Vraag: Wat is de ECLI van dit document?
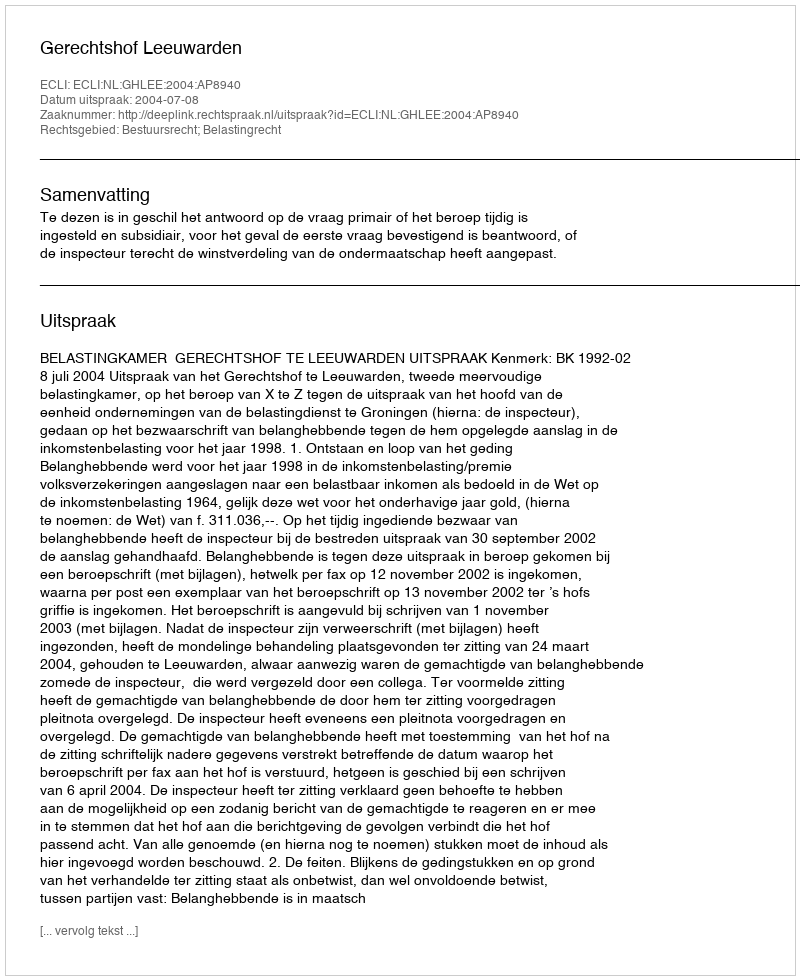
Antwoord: ECLI:NL:GHLEE:2004:AP8940